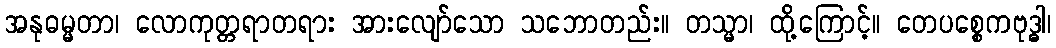
အနုဓမ္မတာ၊ လောကုတ္တရာတရား အားလျော်သော သဘောတည်း။ တသ္မာ၊ ထို့ကြောင့်။ တေပစ္စေကဗုဒ္ဓါ၊